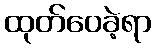
ထုတ်ဝေခဲ့ရာ